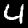
Digit: 4